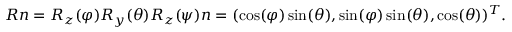
R n = R _ { z } ( \varphi ) R _ { y } ( \theta ) R _ { z } ( \psi ) n = ( \cos ( \varphi ) \sin ( \theta ) , \sin ( \varphi ) \sin ( \theta ) , \cos ( \theta ) ) ^ { T } .